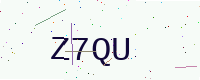
Text: Z7QU